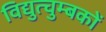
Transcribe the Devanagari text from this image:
विद्युत्चुम्बकों